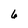
Character: 6